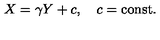
X = \gamma Y + c , \quad c = \mathrm { c o n s t } .